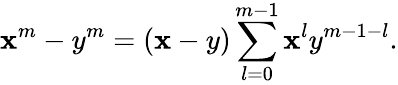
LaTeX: \mathbf{x}^{m}-y^{m}=(\mathbf{x}-y)\sum_{l=0}^{m-1}\mathbf{x}^{l}y^{m-1-l}.